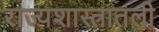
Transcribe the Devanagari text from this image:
राज्यशास्त्रातली